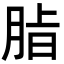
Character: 𮌖